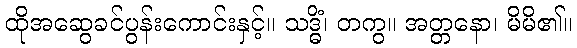
ထိုအဆွေခင်ပွန်းကောင်းနှင့်။ သဒ္ဓိံ၊ တကွ။ အတ္တနော၊ မိမိ၏။